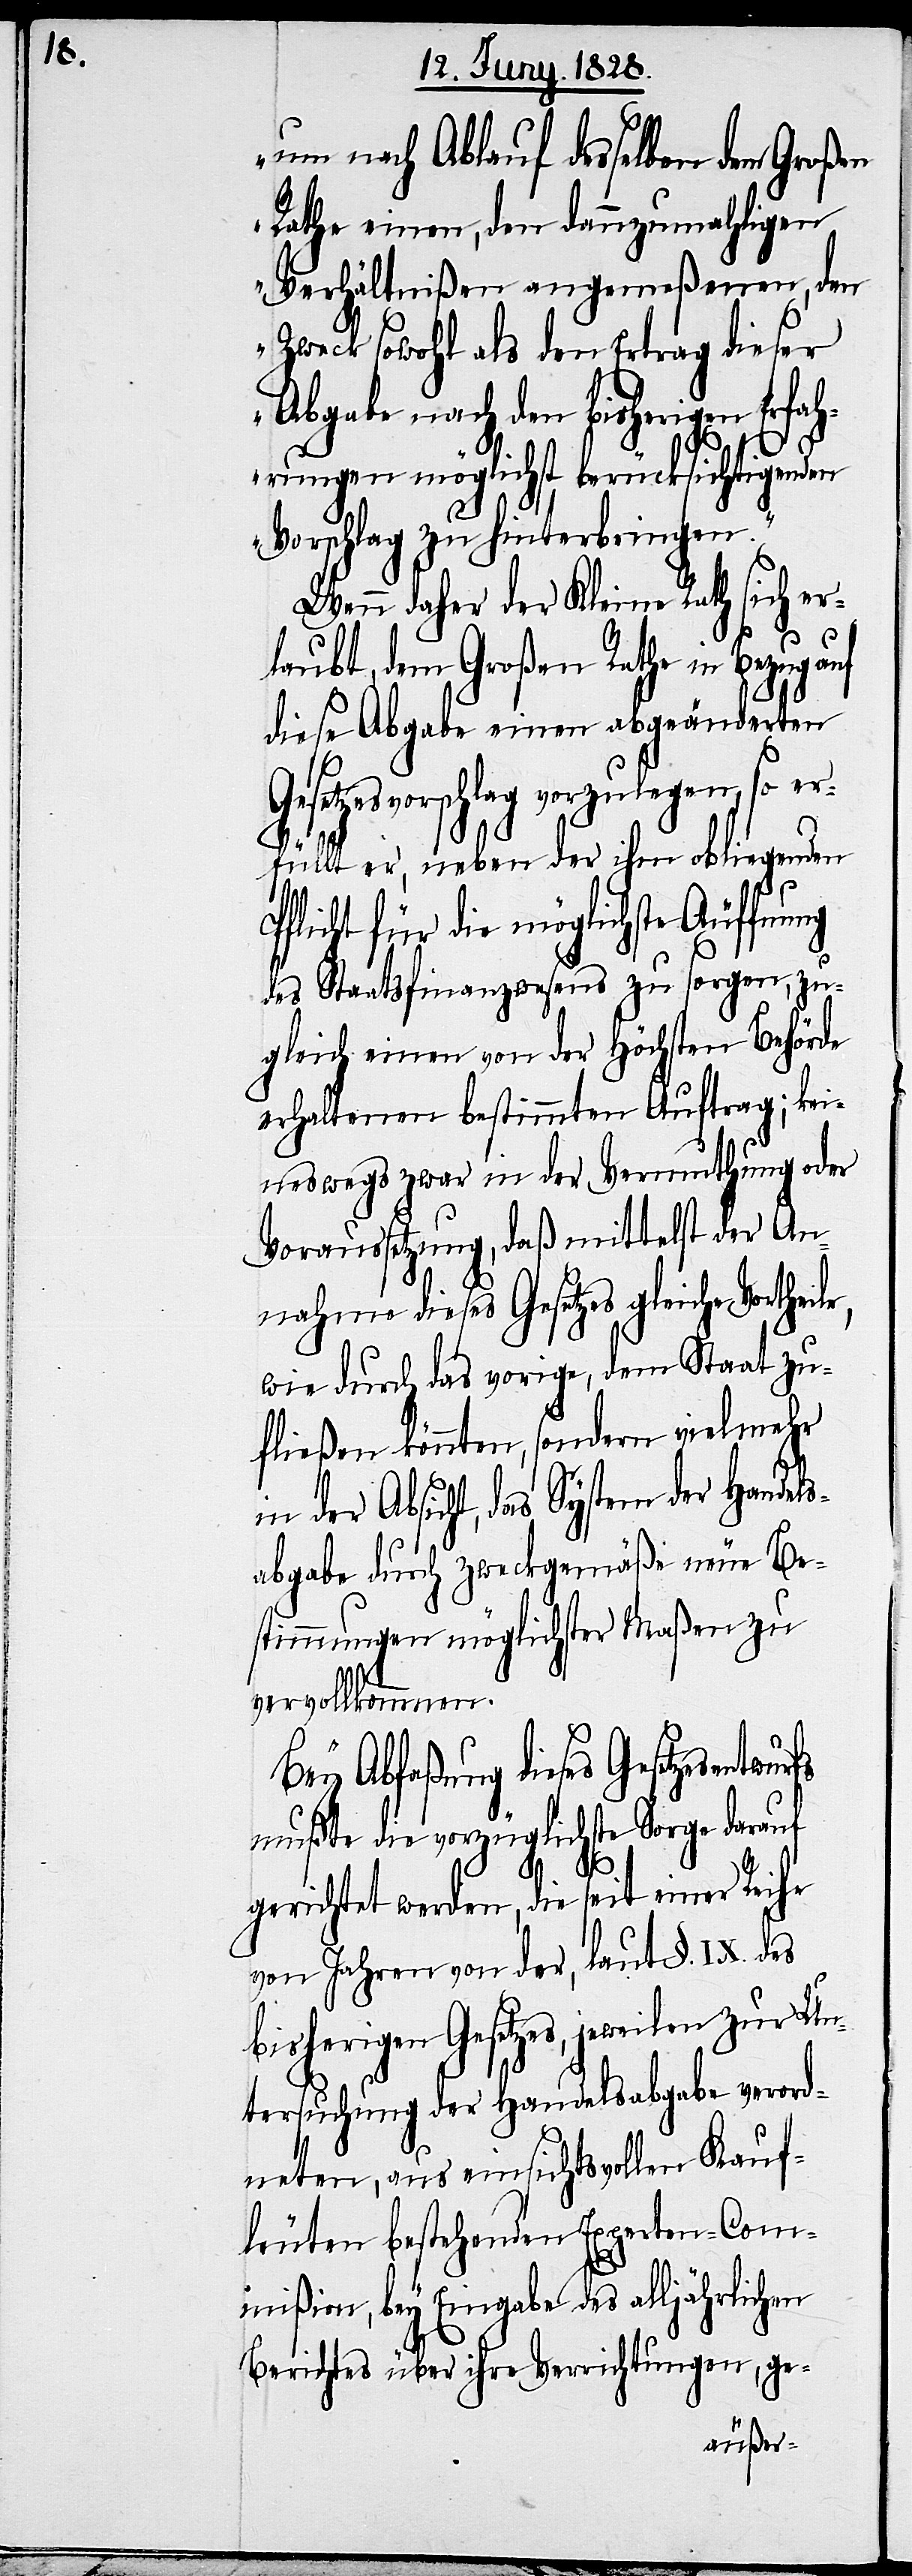
um nach Ablauf desselben dem Großen
Rathe einen, den dannzumahligen
Verhältnißen angemeßenen, den
Zweck sowohl als den Ertrag dieser
Abgabe nach den bisherigen Erfah¬
rungen möglichst berücksichtigenden
Vorschlag zu hinterbringen.“
Wenn daher der Kleine Rath sich er¬
fs
laubt, dem Großen Rathe in Bezug auf
diese Abgabe einen abgeänderten
setzesvorschlag vorzulegen, so e¬
rfüllt er, neben der ihm obliegenden
Pflicht für die möglichste Äuffnung
des Staatsfinanzwesens zu sorgen, zu¬
gleich einen von der Höchsten Behörde
erhaltenen bestimmten Auftrag; kei¬
neswegs zwar in der Vermuthung oder
Voraussetzung, daß mittelst der An¬
nahme dieses Gesetzes gleiche
wie durch das vorige, dem Staat zu¬
fließen könnten, sondern vielmehr
in der Absicht, das System der Handels¬
abgabe durch zweckgemäße neue Be¬
stimmungen möglichster Maßen zu
vervollkommnen.
Bey Abfaßung dieses Gesetzesentwu¬
mußte die vorzüglichste Sorge darauf
gerichtet werden, die seit einer Reihe
von Jahren von der, laut §. IX. des
bisherigen Gesetzes, jeweilen zur Un¬
tersuchung der Handelsabgabe verord¬
neten, aus einsichtsvollen Kauf¬
leuten bestehenden Experten-Com¬
mißion, bey Eingabe des alljährlichen
Berichtes über die Verrichtungen, ge-